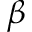
\beta